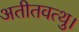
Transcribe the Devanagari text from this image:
अतीतवत्थु।